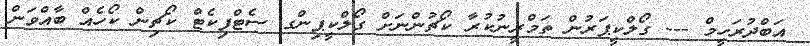
އަބްދުރަހީމް --- ގޯލްކީޕަރުން ތަމްރީނުކުރާ ކޯޗުންނަށް ގޯލްކީޕިންގ ސެޓްފިކެޓް ކޯޗިން ކޯހެއް ބާއްވަން